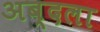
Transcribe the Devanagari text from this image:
अब्दला